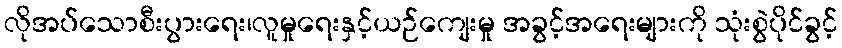
လိုအပ်သောစီးပွားရေး၊လူမှုရေးနှင့်ယဉ်ကျေးမှု အခွင့်အရေးများကို သုံးစွဲပိုင်ခွင့်